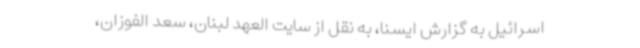
اسرائیل به گزارش ایسنا، به نقل از سایت العهد لبنان، سعد الفوزان،